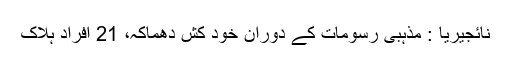
نائجیریا : مذہبی رسومات کے دوران خود کش دھماکہ، 21 افراد ہلاک